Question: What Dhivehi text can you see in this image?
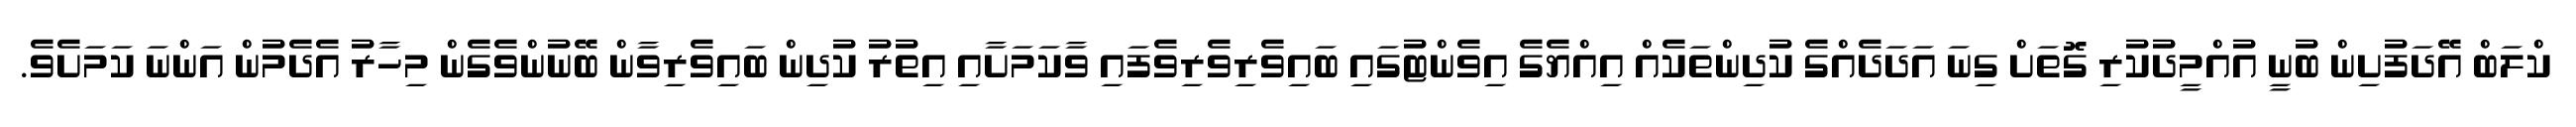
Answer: ކްލަބް އޭދަފުށިން ބުނީ އުއްމީދުކުރި ގޮތަށް ގިނަ އަދަދެއްގެ ކުދިންތަކެއް އިއްޔެގެ އިވެންޓުގައި ބައިވެރިވެރިވެފައި ވާކަމަށާއި އިތުރު ކުދިން ބައިވެރިވާން ބޭނުންވެގެން މިހާރު އެދެމުން އަންނަ ކަމަށެވެ.